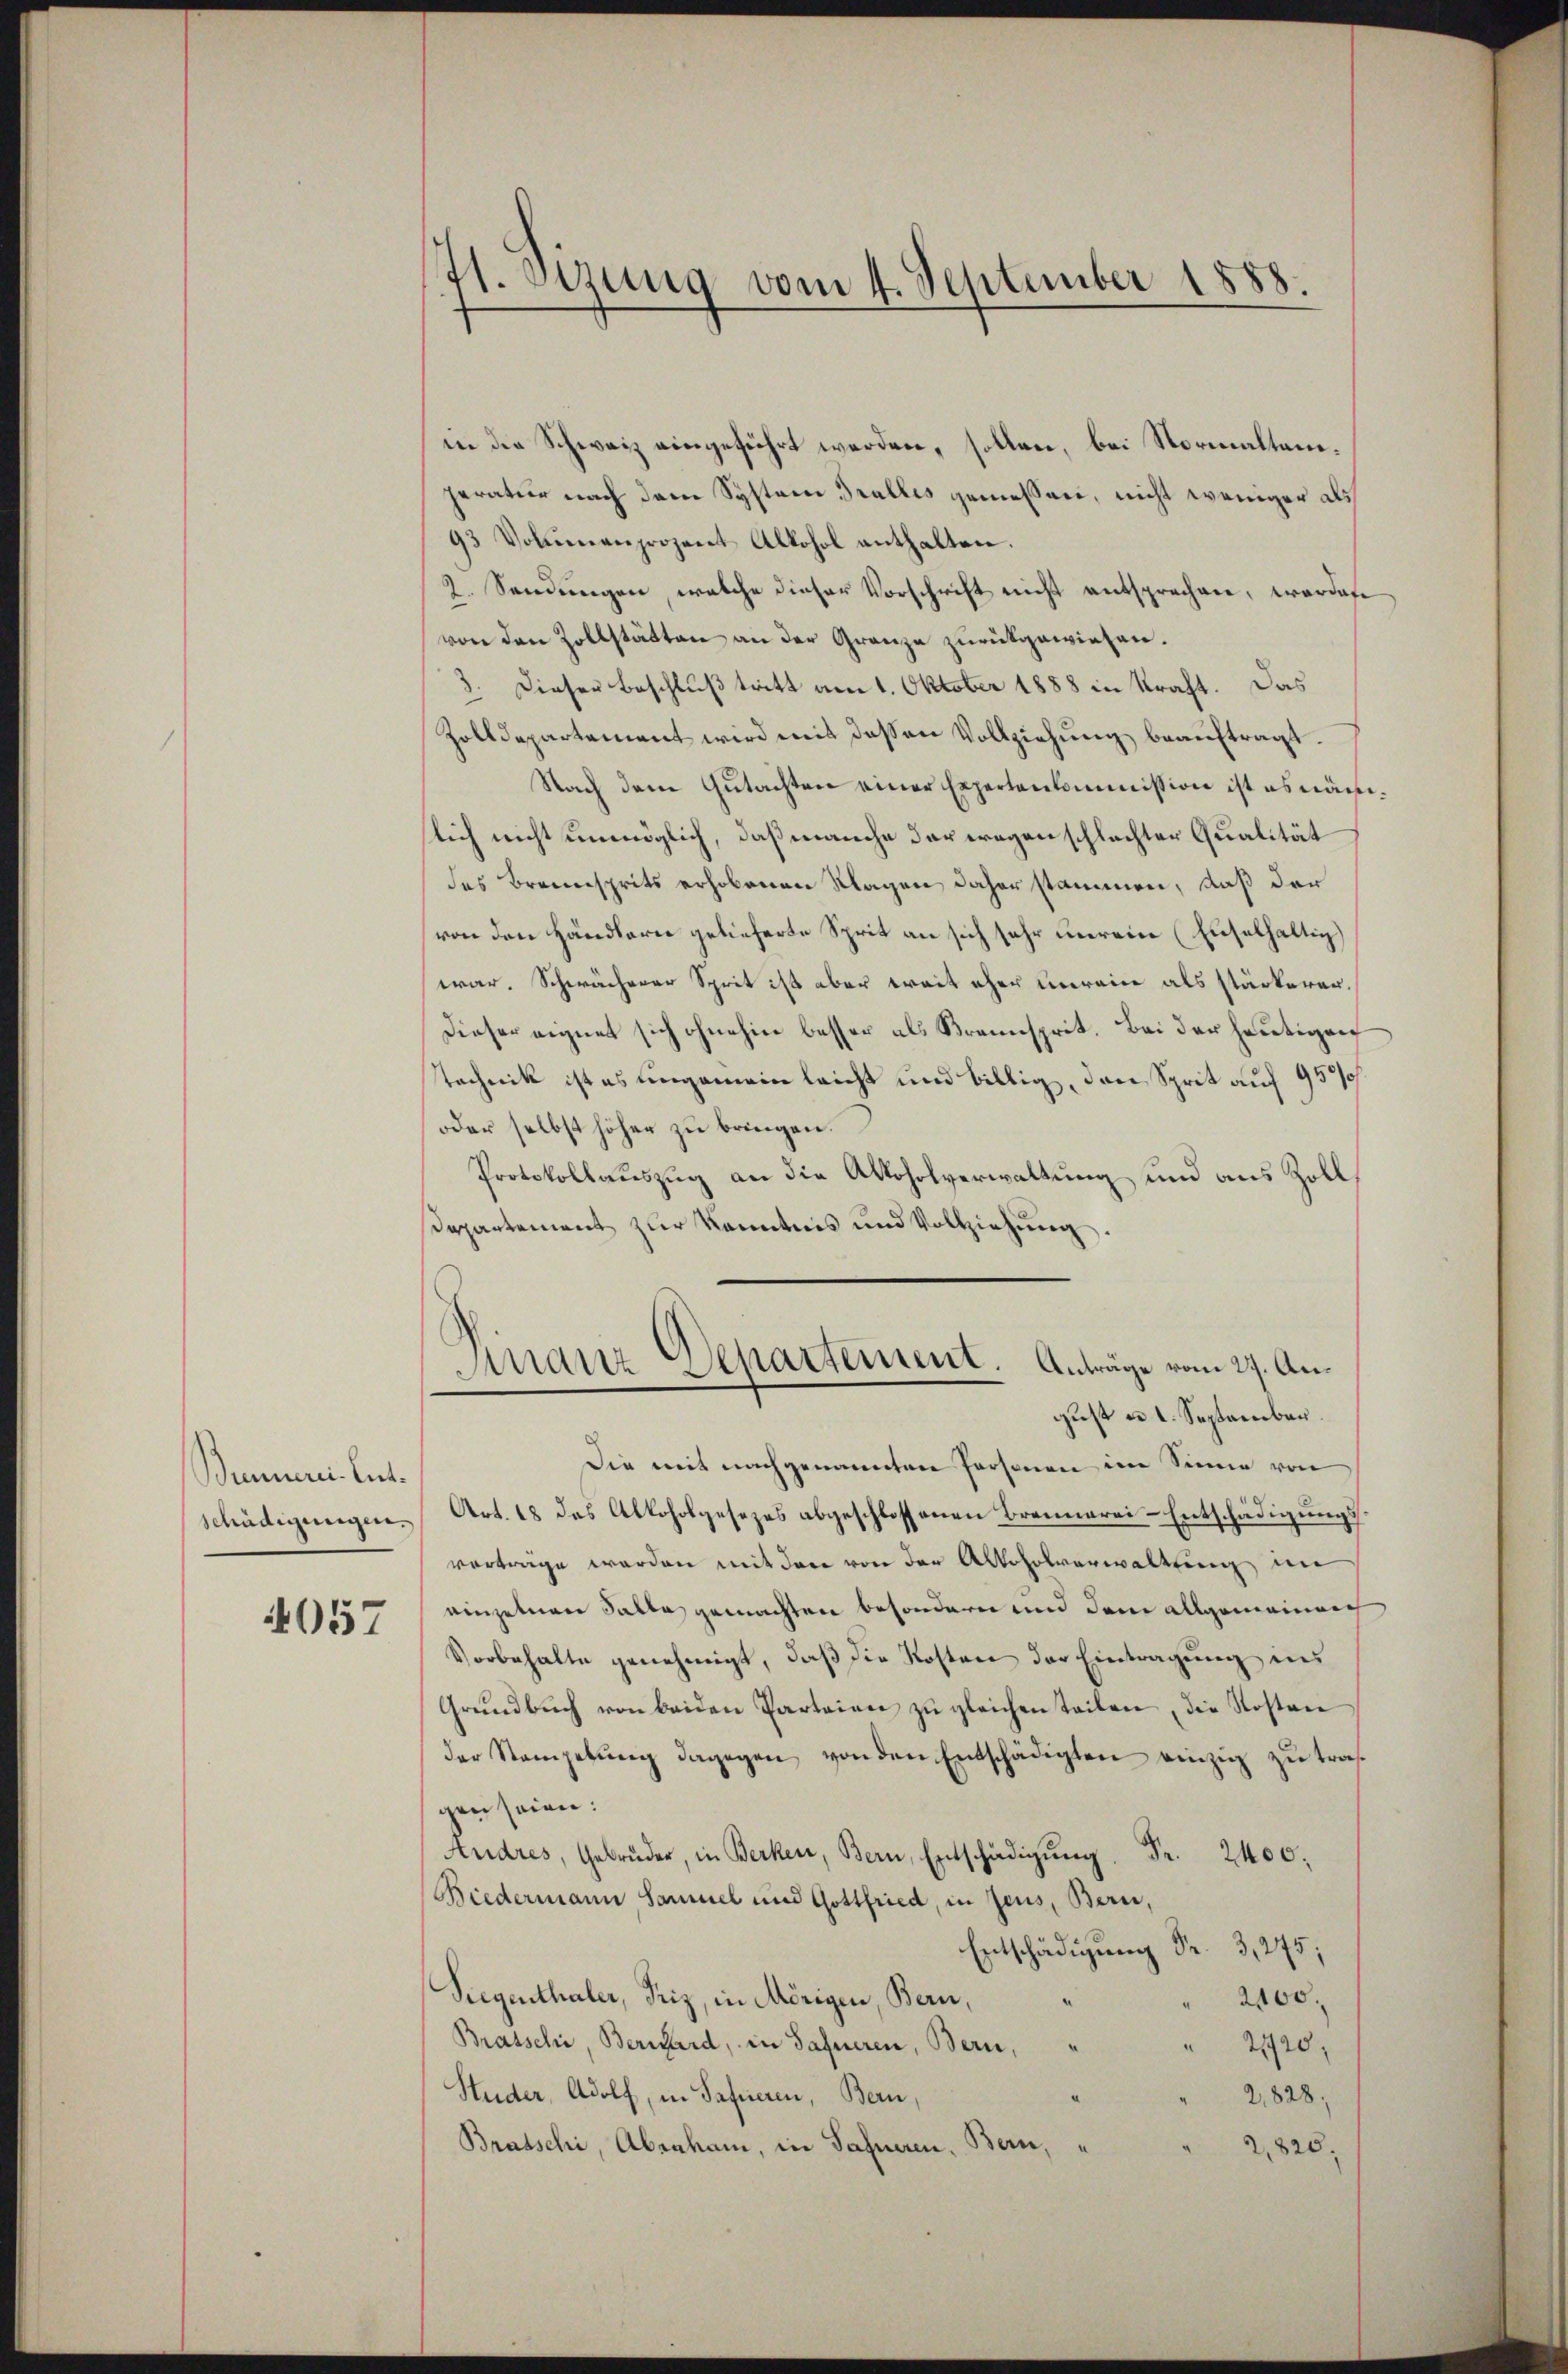
Binnerei Entschädigungen.

4057

7t. Sizung vom 4. September 1888.

in die Schweiz eingeführt werden, sollen, bei Normaltenperatur nach dem Systern Tralles gemessen, nicht weniger als
93 Volumenprozent Alkohol enthalten.
2. Sendungen, welche dieser Vorschrift nicht entsprechen, wordete
von den Zollstätten an der Granze zurückgewiesen.
3. Dieser Beschluß tritt am 1. Oktober 1888 in Kraft. Das
Zolldepartement wird mit dessen Vollziehung beauftragt.
Nach dem Gutachten einer Expertenkommission ist es näm
lich nicht unmöglich, daß manche der wegen schlachter Qualität
des Braunsprits erhobenen Klagen daher stammen, daß der
von den Händlern gelieferte Sprit an sich sehr unrein (Euselhaltig
war. Schwächerer Sprit ist aber weit eher unrein als stärkerer.
Dieser eignet sich ohnehin besser als Braunsprit. Bei der heutigen
technik ist es ungemein leicht und billig, den Sprit auf 95/
oder selbst höher zu bringen.
Protokollauszug an die Alkoholverwaltung und aus Zoll¬
Departement zur Kenntnis und Vollziehung.
Manz Aepartement. Anträge vom 27. August u. I. September.
Die mit nachgenannten Personen im Sinne von
Art. 18 das Alkoholgesezes abgeschlossenen Brennerei-Entschädigungsvorträge werden mit den von der Alkoholverwaltung im
einzelnen Falle gemachten besondern und dem allgemeinnach
Vorbehalte genehmigt, daß die Kosten der Eintragung ins
Grŭndbŭch von beiden Parteien zŭ gleichen Teilen, die Kosten
der Stampebŭng dagegen von den Entschädigten einzig zŭ traf
gen seien:
Andres, Gebrüder, in Berken, Bern 2400.
Biedermann Samuel und Gottfried, in Zeus, Bern,
Entschädigung Fr. 3, 275;
Siegenthaler, Friz, in Mörigen, Bern,
2400.
Bratschi, Bernard, in Safneren, Bern,
" 2720,
Studer, Adolf, in Safneren, Bern,
2,828;
Bratschi, Abscham, in Safneren, Bern,
2,820.